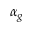
\alpha _ { g }